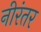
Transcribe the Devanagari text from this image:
नीरंतर